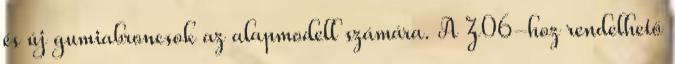
és új gumiabroncsok az alapmodell számára. A Z06-hoz rendelhető